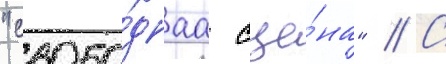
"свобо́днаа сце́на" // С